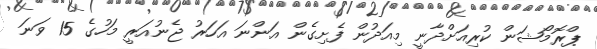
ޕްރޮމޯޝަން ކުރިއަށްދާނީ މިއަދުން ފެށިގެން އަންނަ އަހަރު ޖެނުއަރީ މަހުގެ 15 ވަނަ